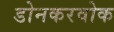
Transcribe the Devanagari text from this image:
डोनकरवोक